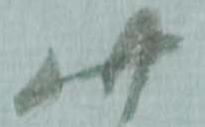
此